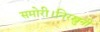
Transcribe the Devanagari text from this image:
समोरी।निरखुनी